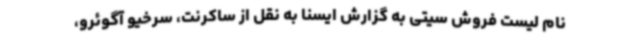
نام لیست فروش سیتی به گزارش ایسنا به نقل از ساکرنت، سرخیو آگوئرو،